画像に写った文字を読んでください
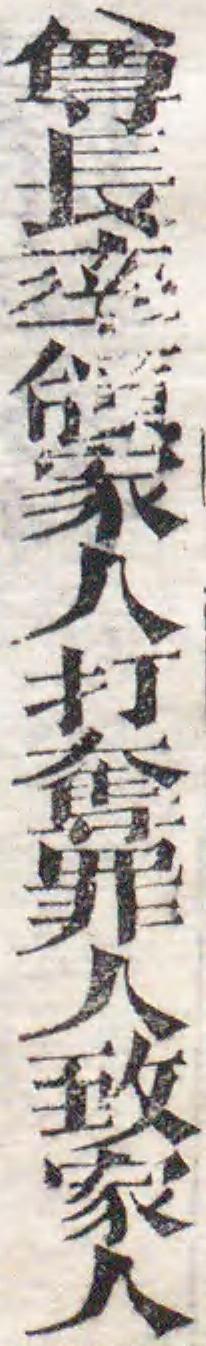
「尊長率頜家人打奪罪人致家人」と書いてあります